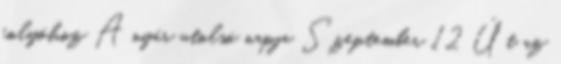
folyóhoz A nyár utolsó napja Szeptember 12 Út az